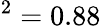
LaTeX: ^2=0.88